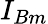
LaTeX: I_{Bm}